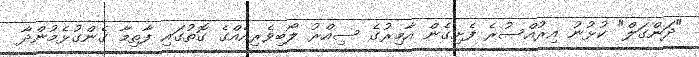
"ދަންގަލް" ކުޅުނު އިރުއްސުރެ ފެށިގެން އާމިރުގެ ސިއްރު ލޯބިވެރިއެއްގެ ގޮތުގައި ފާތިމާ ގެންގުޅެމުންދާ